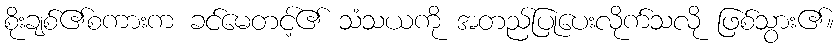
စိုးချစ်၏စကားက ခင်မေတင့်၏ သံသယကို အတည်ပြုပေးလိုက်သလို ဖြစ်သွား၏။